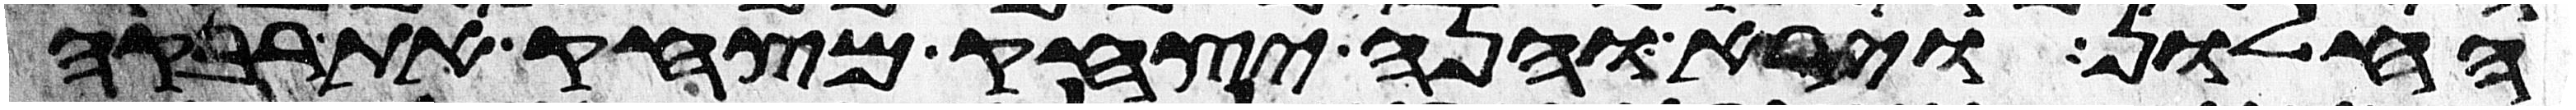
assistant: החלון וירא והנה יצחק מצחק את רבקה